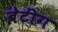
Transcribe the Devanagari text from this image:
बेटींग